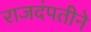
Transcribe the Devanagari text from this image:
राजदंपतीने